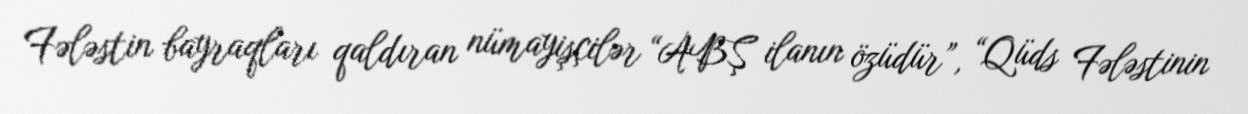
Fələstin bayraqları qaldıran nümayişçilər “ABŞ ilanın özüdür”, “Qüds Fələstinin